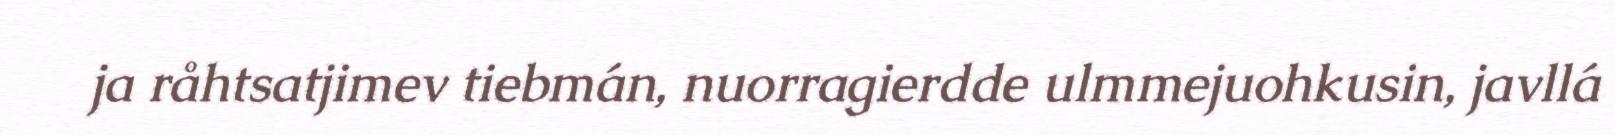
ja råhtsatjimev tiebmán, nuorragierdde ulmmejuohkusin, javllá